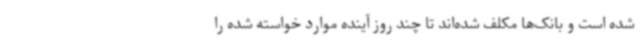
شده است و بانک‌ها مکلف شده‌اند تا چند روز آینده موارد خواسته شده را